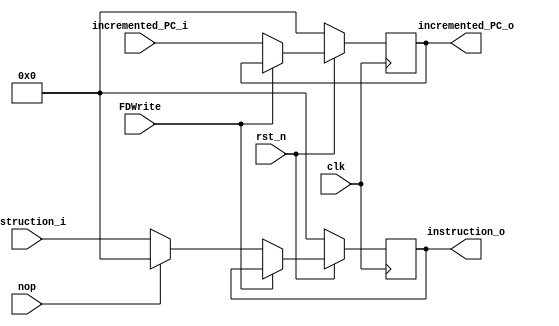
module IF_ID (
	input   		  clk,    // Clock
	input    		  rst_n,  // Asynchronous reset active low
	input		      FDWrite,// load-use data hazard stall 
	input             nop,    // branch hazard flush (clear)
	input  	   [31:0] instruction_i,
	input      [31:0] incremented_PC_i, //PC + 4
	output reg [31:0] instruction_o,
	output reg [31:0] incremented_PC_o
);

always @(posedge clk) begin
	if(~rst_n) begin
		instruction_o    <= 32'b0;
		incremented_PC_o <= 32'b0;
	end else if (FDWrite) begin //stall (re-fetch)
		instruction_o 	 <= instruction_o;
		incremented_PC_o <= incremented_PC_o;
	end else begin
		incremented_PC_o <= incremented_PC_i;
		//only instruction field needs to be ZEROed
		if (nop) instruction_o <= 32'b0;
		else 	 instruction_o <= instruction_i;
	end
end

endmodule